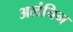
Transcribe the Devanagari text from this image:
अलंचिन